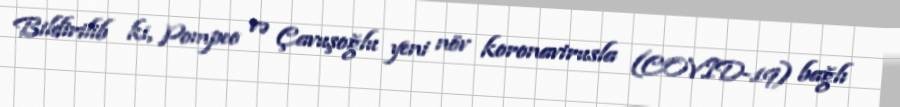
Bildirilib ki, Pompeo və Çavuşoğlu yeni növ koronavirusla (COVID-19) bağlı